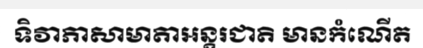
ទិវាភាសាមាតាអន្តរជាតិ មានកំណើត